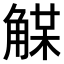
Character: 𧤈